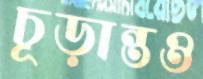
চূড়ান্তও